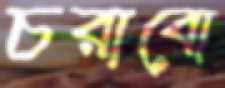
চরাবো